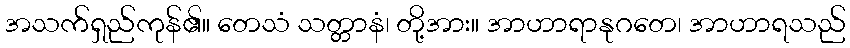
အသက်ရှည်ကုန်၏။ တေသံ သတ္တာနံ၊ တို့အား။ အာဟာရာနုဂတေ၊ အာဟာရသည်